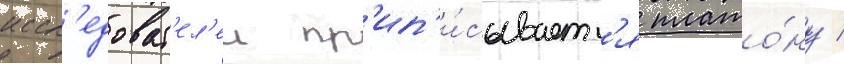
иссл'едоват'ел'еи пр'ип'и́сываетс'я плато́ну /